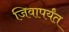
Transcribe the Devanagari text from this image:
जिवापर्यंत